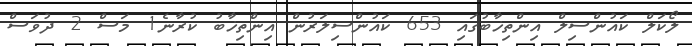
ލޯކަލް ކައުންސިލް އިންތިޚާބުގައި 653 ކައުންސިލަރުން އިންތިޚާބު ކުރާނެ1 މަސް 2 ދުވަސް